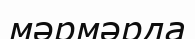
мәрмәрда